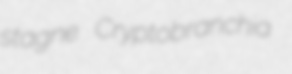
stagne Cryptobranchia